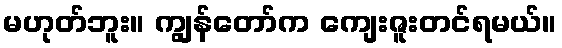
မဟုတ်ဘူး။ ကျွန်တော်က ကျေးဇူးတင်ရမယ်။